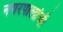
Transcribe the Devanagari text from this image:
नगरपालांची